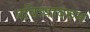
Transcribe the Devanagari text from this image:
पवित्र्यावरुन